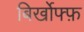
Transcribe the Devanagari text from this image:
बिर्खोफ्फ़